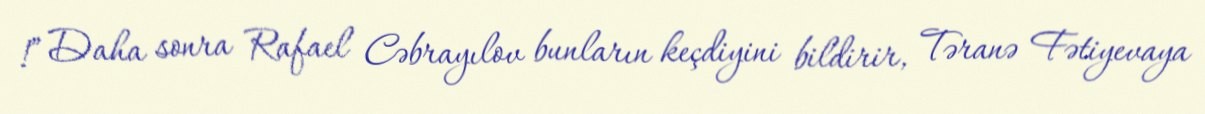
!” Daha sonra Rafael Cəbrayılov bunların keçdiyini bildirir, Təranə Fətiyevaya